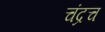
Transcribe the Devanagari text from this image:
चंद्रच